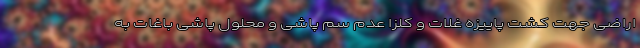
اراضی جهت کشت پاییزه غلات و کلزا عدم سم پاشی و محلول پاشی باغات به